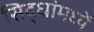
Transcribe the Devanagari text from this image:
सिद्धांमध्यें